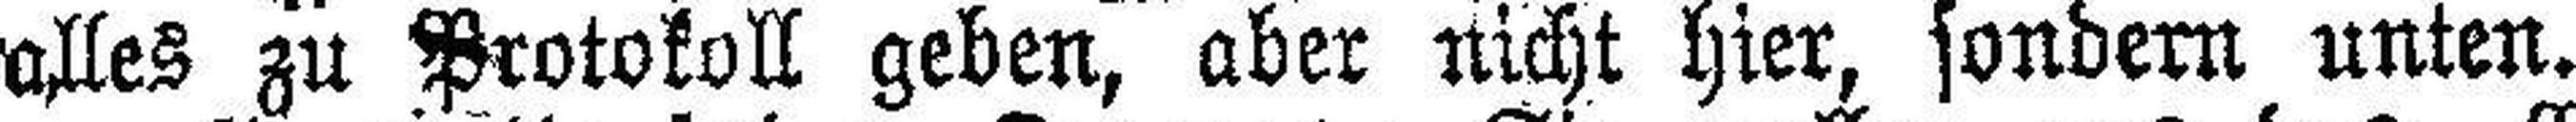
alles zu Protokoll geben, aber nicht hier, sondern unten.